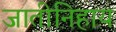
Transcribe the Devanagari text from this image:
जातीनिहाय